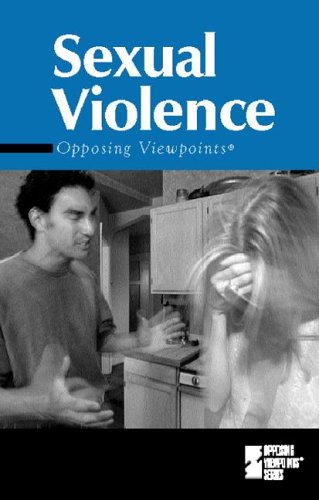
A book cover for Opposing Viewpoints Series - Sexual Violence (hardcover edition); Teen & Young Adult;